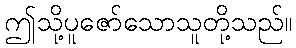
ဤသို့ပူဇော်သောသူတို့သည်။